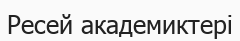
Ресей академиктері